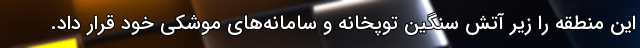
این منطقه را زیر آتش سنگین توپخانه و سامانه‌های موشکی خود قرار داد.